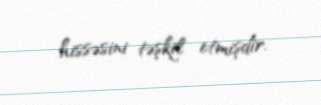
hissəsini təşkil etmişdir.